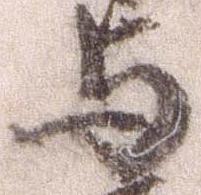
与